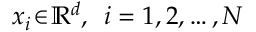
\boldsymbol { x } _ { i } \! \in \! \mathbb { R } ^ { d } , \, \, \, i = 1 , 2 , \dots , N